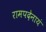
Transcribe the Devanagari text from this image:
रामपदेनायं